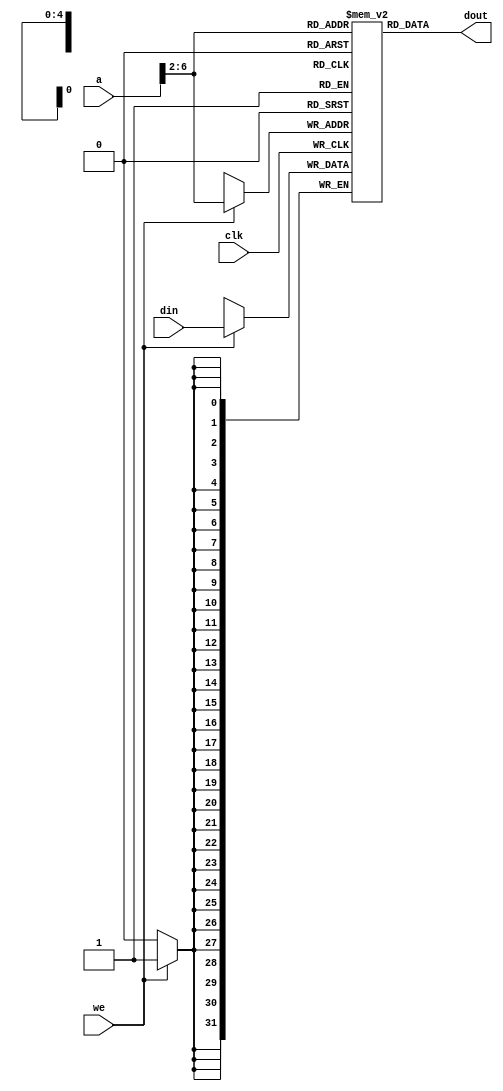
`timescale 1ns / 1ps
//////////////////////////////////////////////////////////////////////////////////
// Company: 
// 
// Design Name: 
// Module Name: DataMem
// Project Name: 
// Target Devices: 
// Tool Versions: 
// Description: 
// 
// Dependencies: 
// 
// Revision:
// Revision 0.01 - File Created
// Additional Comments:
// 
//////////////////////////////////////////////////////////////////////////////////


module DataMem(a, din, we, clk, dout);

input [31:0] a, din;
input we, clk;
output [31:0] dout;
reg [31:0] register [0:31];

assign dout = register[a[6:2]];

always @ (posedge clk)         
    if (we) register[a[6:2]] = din; // use word address to write ram
    
integer i;     

initial begin                        // initialize memory         
    for (i = 0; i < 32; i = i + 1)             
        register[i] = 0;         
        // register[word_addr] = data         // (byte_addr)          
    register[5'h14] = 32'h000000a3;       // (50hex)          
    register[5'h15] = 32'h00000027;       // (54hex)          
    register[5'h16] = 32'h00000079;       // (58hex)          
    register[5'h17] = 32'h00000115;       // (5chex)          
    // register[5'h18] should be 0x00000258, the sum stored by sw instruction     
end
endmodule